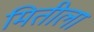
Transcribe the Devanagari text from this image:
मितीला